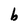
Character: b